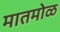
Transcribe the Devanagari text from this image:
मातमोळ